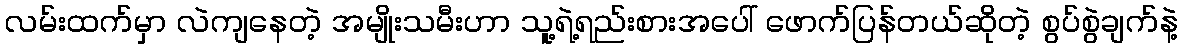
လမ်းထက်မှာ လဲကျနေတဲ့ အမျိုးသမီးဟာ သူ့ရဲ့ရည်းစားအပေါ် ဖောက်ပြန်တယ်ဆိုတဲ့ စွပ်စွဲချက်နဲ့